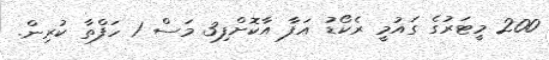
200 މީޓަރުގެ ގައުމީ ރެކޯޑު އަފާ އާކޮށްފި3 މަސް 1 ހަފްތާ ކުރިން.